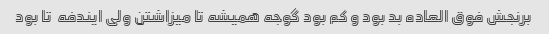
برنجش فوق العاده بد بود و کم بود گوجه همیشه تا میزاشتن ولی ایندفه  تا بود